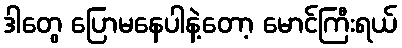
ဒါတွေ ပြောမနေပါနဲ့တော့ မောင်ကြီးရယ်